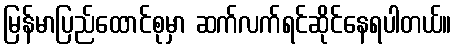
မြန်မာပြည်ထောင်စုမှာ ဆက်လက်ရင်ဆိုင်နေရပါတယ်။